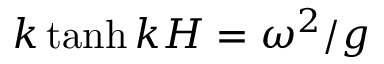
k \operatorname { t a n h } k H = \omega ^ { 2 } / g